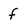
Character: f